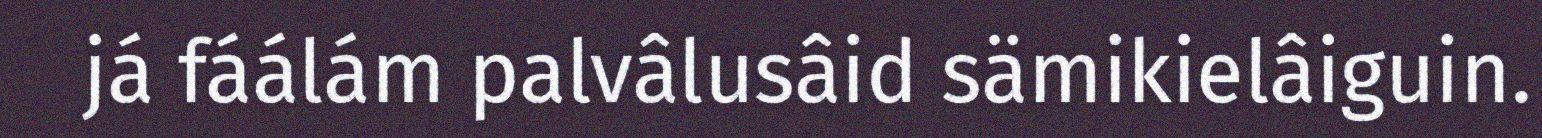
já fáálám palvâlusâid sämikielâiguin.